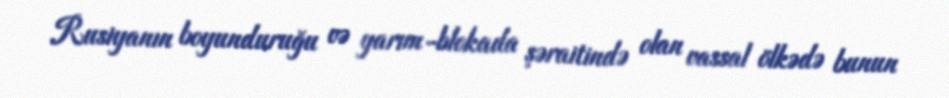
Rusiyanın boyunduruğu və yarım-blokada şəraitində olan vassal ölkədə bunun